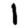
Digit: 1